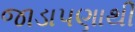
જાડાપણાથી